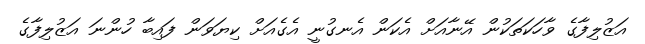
އަޒުލިފާގެ ވާހަކަތަކުން އޭނާއަށް އެކަން އެނގުނީ އެގެއަށް ކިޔަވަން ފައިބާ ހުންނަ އަޒުލިފާގެ